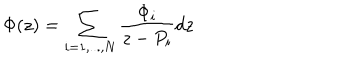
LaTeX: \Phi ( z ) = \sum _ { i = 1 , . . . , N } \frac { \Phi _ { i } } { z - P _ { i } } d z